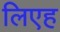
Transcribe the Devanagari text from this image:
लिएह